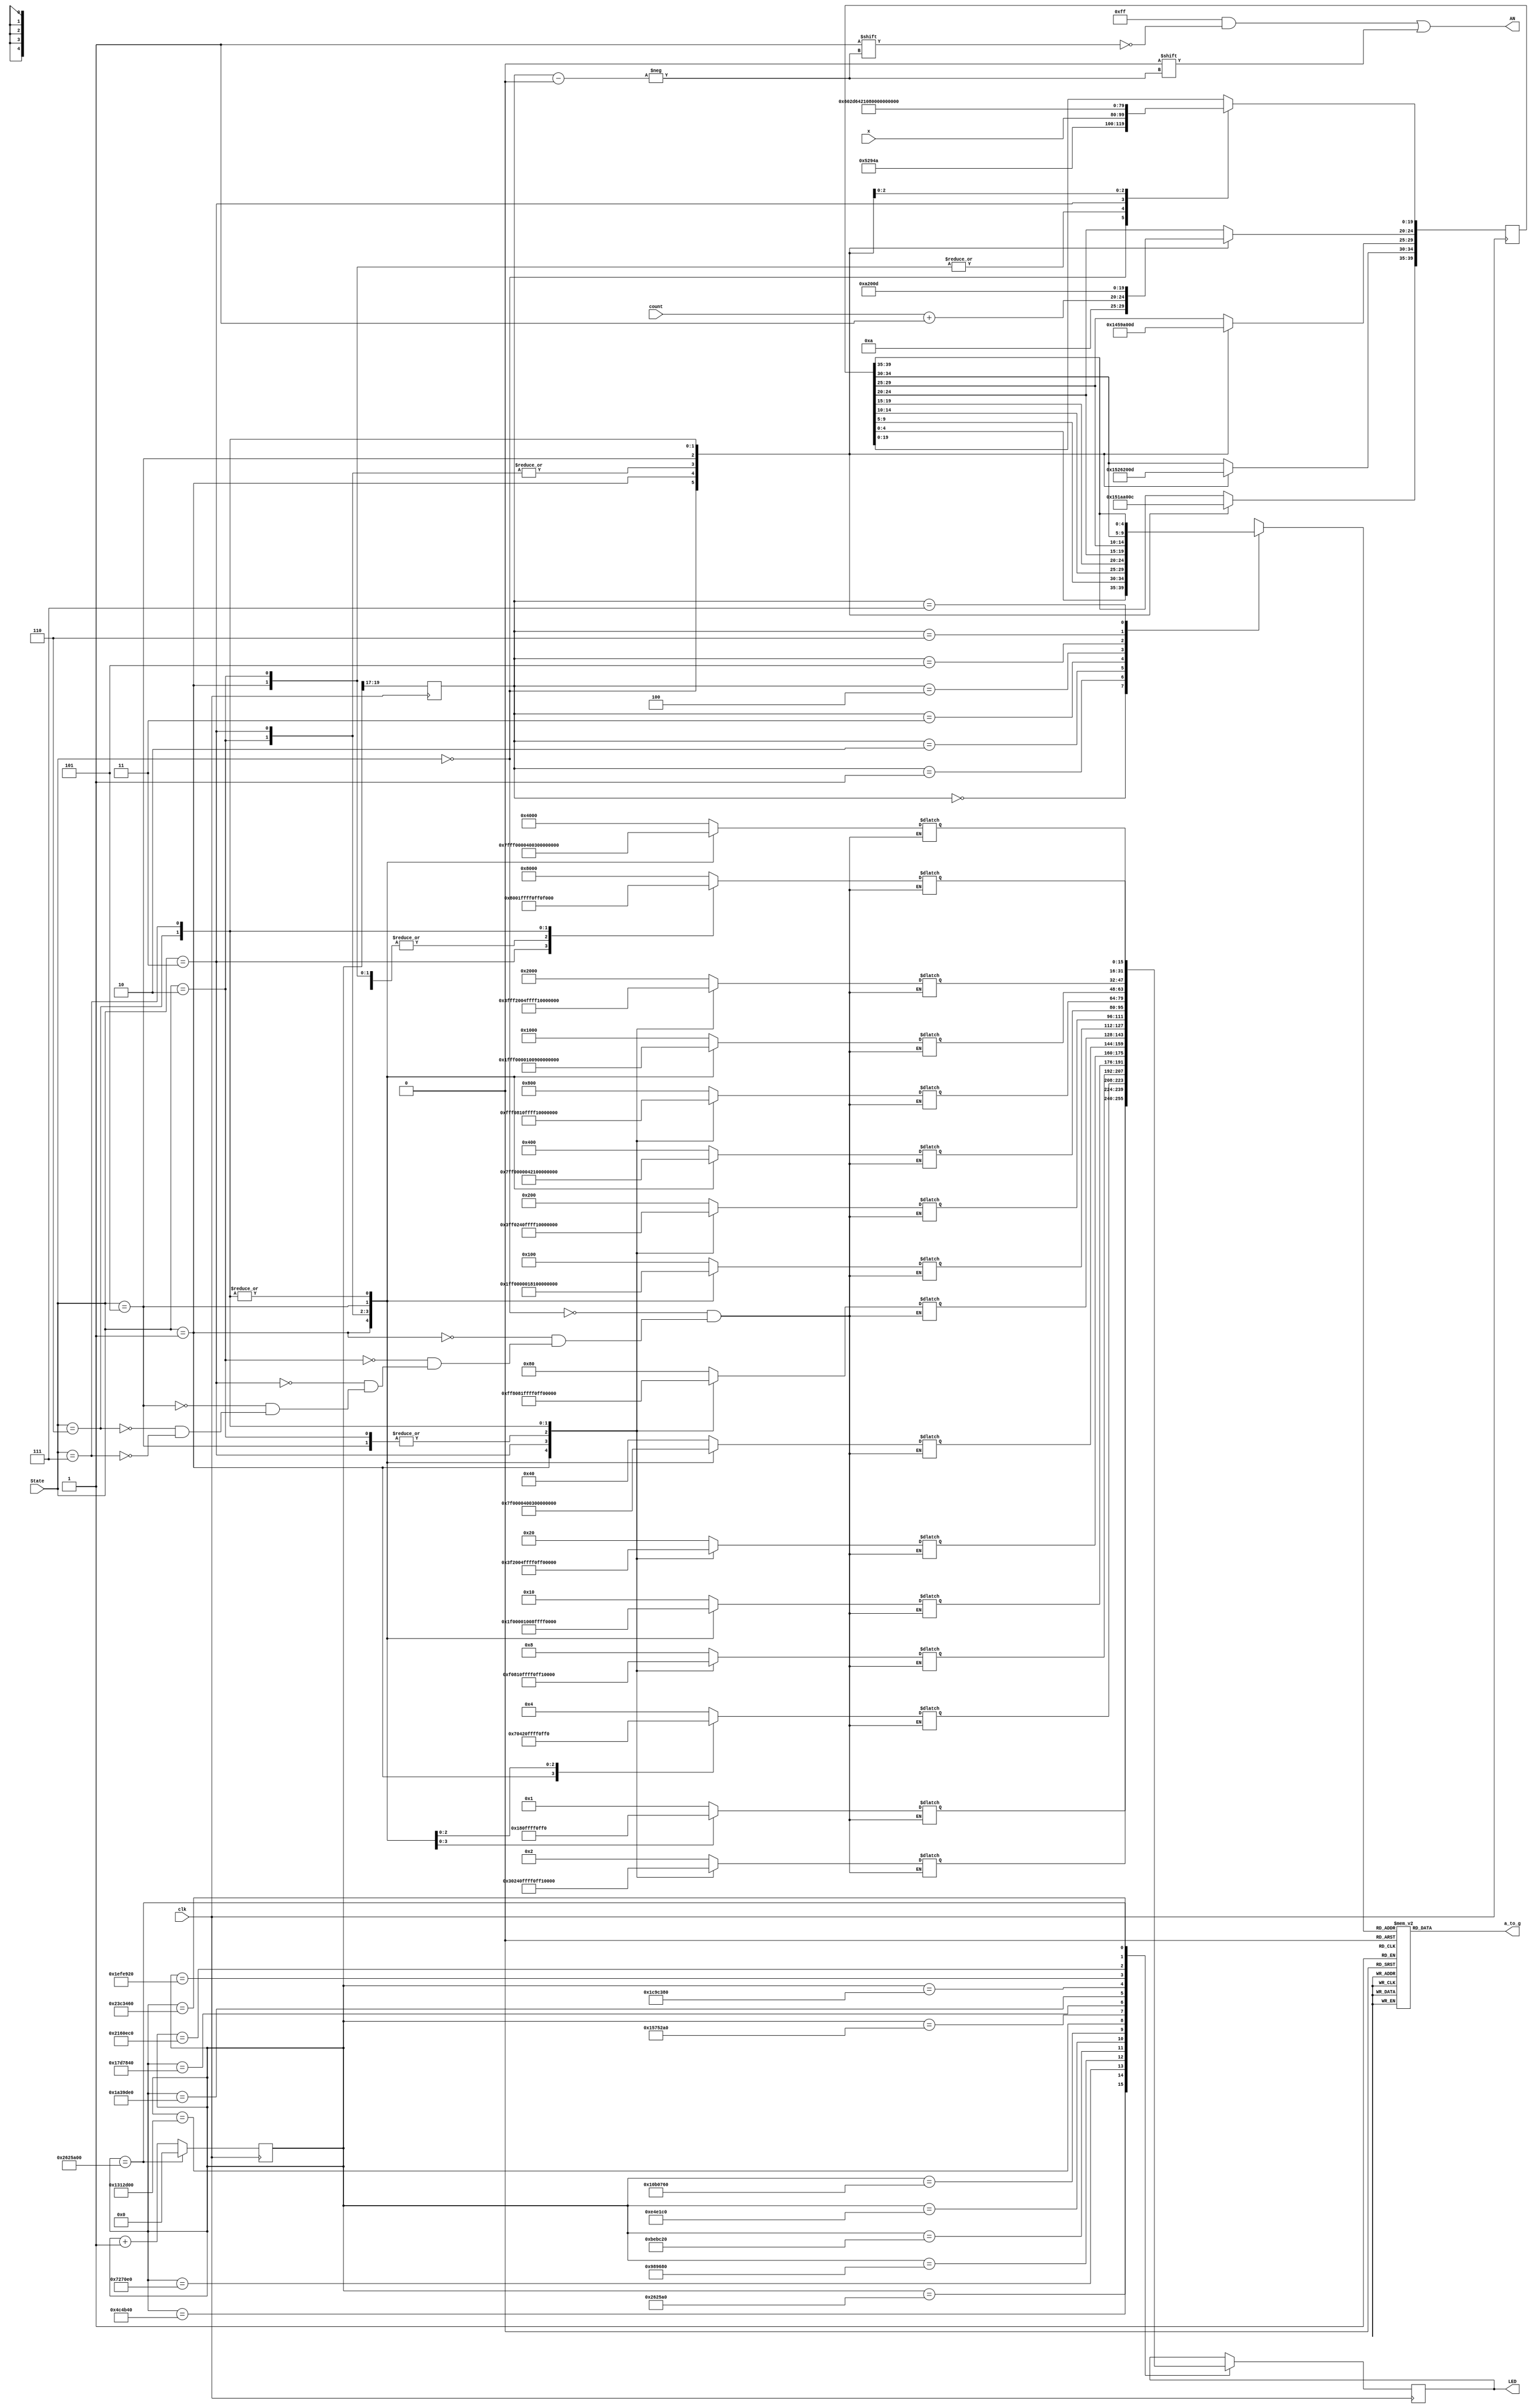
module show(
input wire [19:0] x,
input wire clk,
input wire [2:0]State,
input wire [4:0]count,
output reg [6:0] a_to_g,
output reg [7:0] AN,
output reg[15:0] LED
);

reg[2:0] s=3'b000;


reg[4:0] digit;
reg[39:0] data=40'h0000000000;
reg [19:0] clkdiv;
reg [31:0]timer=32'h0000_0000;
reg [255:0]LED_state;
reg [4:0]a=5'b10001;
reg [4:0]b=5'b10010;
reg [4:0]c=5'b00101;
//    initial
//    begin
//    an=8'b11111111;
//    end

initial
LED=0;
always @ (posedge clk)
begin
case(State)
3'b000:data=40'b01010_01010_01010_01010_01010_01010_01010_01010;
3'b001:begin
data={a[4:0],b[4:0],c[4:0],count[4:0]+1,x[19:0]};
data[39:35]=a[4:0];
data[34:30]=b[4:0];
data[29:25]=c[4:0];
end
3'b010:
begin
//    data={5'b01100,5'b01101,5'b01101,5'b01110,x[19:0]};
data[39:35]=5'b10101;
data[34:30]=5'b01100;
data[29:25]=5'b10011;
data[24:20]=5'b10100;
data[19:0]=x[19:0];
end
3'b011:data=40'b10101_01100_10011_10100_01100_00000_10110_10110;
3'b101:data=40'b01000_01000_01000_01000_01000_01000_01000_01000;
3'b110:data=40'b00000_00000_00000_00000_00000_00000_00000_00000;
3'b111:data=40'b01100_01101_01101_01101_01101_01101_01101_01110;
//begin
//data={5'b01100,5'b00000,5'b00000,5'b01110,x[19:0]};
//data[39:35]=5'b01100;
//data[34:30]=5'b00000;
//data[29:25]=5'b00000;
//data[24:20]=5'b01110;    
//end

endcase
end


always @ (*)
case(s)
0:digit=data[4:0];
1:digit=data[9:5];
2:digit=data[14:10];
3:digit=data[19:15];
4:digit=data[24:20];
5:digit=data[29:25];
6:digit=data[34:30];
7:digit=data[39:35];
default:digit=data[4:0];
endcase

always @(*)
case(digit)
0:a_to_g=7'b0000001;
1:a_to_g=7'b1001111;
2:a_to_g=7'b0010010;
3:a_to_g=7'b0000110;
4:a_to_g=7'b1001100;
5:a_to_g=7'b0100100;
6:a_to_g=7'b0100000;
7:a_to_g=7'b0001111;
8:a_to_g=7'b0000000;
9:a_to_g=7'b0000100;
10:a_to_g=7'b1111110;//мһ
11:a_to_g=7'b1110111;//һ
12:a_to_g=7'b0110001;//C
13:a_to_g=7'b0110111;//
14:a_to_g=7'b0000111;//ҷ
15:a_to_g=7'b1110111;//һ
16:a_to_g=7'b0001000;//R
17:a_to_g=7'b0011000;//P
18:a_to_g=7'b1110001;//L
19:a_to_g=7'b1001000;//H
20:a_to_g=7'b0100001;//G
21:a_to_g=7'b1111111;//ȫ
22:a_to_g=7'b0111001;//R
default:a_to_g=7'b0100100;
endcase


always @ (*)
begin
AN=8'b11111111;
AN[s]=0;
end

always @ (posedge clk)
begin
clkdiv<=clkdiv+1;
end



always@(posedge clk)
begin
s=timer[19:17];
if (timer == 32'd400_000_00)      
    timer <= 32'd0;                     
else
    timer <= timer + 32'd1;             
end


always @ (*)
case(State)
3'b000://ȴˮƣмһ
begin
LED_state[15:0] <= 16'b0000_0000_0000_0001;
LED_state[31:16] <= 16'b0000_0000_0000_0010;
LED_state[47:32] <= 16'b0000_0000_0000_0100;
LED_state[63:48] <= 16'b0000_0000_0000_1000;
LED_state[79:64] <= 16'b0000_0000_0001_0000;
LED_state[95:80] <= 16'b0000_0000_0010_0000;
LED_state[111:96] <= 16'b0000_0000_0100_0000;
LED_state[127:112] <= 16'b0000_0000_1000_0000;
LED_state[143:128] <= 16'b0000_0001_0000_0000;
LED_state[159:144] <= 16'b0000_0010_0000_0000;
LED_state[175:160] <= 16'b0000_0100_0000_0000;
LED_state[191:176] <= 16'b0000_1000_0000_0000;
LED_state[207:192] <= 16'b0001_0000_0000_0000;
LED_state[223:208] <= 16'b0010_0000_0000_0000;
LED_state[239:224] <= 16'b0100_0000_0000_0000;
LED_state[255:240] <= 16'b1000_0000_0000_0000;
end
3'b001://״̬ҵƣұĸһᣬplsn
begin
LED_state[15:0] <= 16'b0000_0000_0000_0001;
LED_state[31:16] <= 16'b0000_0000_0000_0011;
LED_state[47:32] <= 16'b0000_0000_0000_0111;
LED_state[63:48] <= 16'b0000_0000_0000_1111;
LED_state[79:64] <= 16'b0000_0000_0001_1111;
LED_state[95:80] <= 16'b0000_0000_0011_1111;
LED_state[111:96] <= 16'b0000_0000_0111_1111;
LED_state[127:112] <= 16'b0000_0000_1111_1111;
LED_state[143:128] <= 16'b0000_0001_1111_1111;
LED_state[159:144] <= 16'b0000_0011_1111_1111;
LED_state[175:160] <= 16'b0000_0111_1111_1111;
LED_state[191:176] <= 16'b0000_1111_1111_1111;
LED_state[207:192] <= 16'b0001_1111_1111_1111;
LED_state[223:208] <= 16'b0011_1111_1111_1111;
LED_state[239:224] <= 16'b0111_1111_1111_1111;
LED_state[255:240] <= 16'b1111_1111_1111_1111;
end
3'b010://ԱģʽеһһCHGұĸһ
begin
LED_state[15:0] <= 16'b0000_0000_0000_0000;
LED_state[31:16] <= 16'b1111_1111_1111_1111;
LED_state[47:32] <= 16'b0000_0000_0000_0100;
LED_state[63:48] <= 16'b1111_1111_1111_1111;
LED_state[79:64] <= 16'b0000_0000_0000_0000;
LED_state[95:80] <= 16'b1111_1111_1111_1111;
LED_state[111:96] <= 16'b0000_0000_0000_0000;
LED_state[127:112] <= 16'b1111_1111_1111_1111;
LED_state[143:128] <= 16'b0000_0000_0000_0000;
LED_state[159:144] <= 16'b1111_1111_1111_1111;
LED_state[175:160] <= 16'b0000_0000_0000_0000;
LED_state[191:176] <= 16'b1111_1111_1111_1111;
LED_state[207:192] <= 16'b0000_0000_0000_0000;
LED_state[223:208] <= 16'b1111_1111_1111_1111;
LED_state[239:224] <= 16'b0000_0000_0000_0000;
LED_state[255:240] <= 16'b1111_1111_1111_1111;
end
3'b011://趨ϣƴм䵽ߣCHG corr
begin
LED_state[15:0] <= 16'b0000_0001_1000_0000;
LED_state[31:16] <= 16'b0000_0010_0100_0000;
LED_state[47:32] <= 16'b0000_0100_0010_0000;
LED_state[63:48] <= 16'b0000_1000_0001_0000;
LED_state[79:64] <= 16'b0001_0000_0000_1000;
LED_state[95:80] <= 16'b0010_0000_0000_0100;
LED_state[111:96] <= 16'b0100_0000_0000_0010;
LED_state[127:112] <= 16'b1000_0000_1000_0001;
LED_state[143:128] <= 16'b0000_0001_1000_0000;
LED_state[159:144] <= 16'b0000_0010_0100_0000;
LED_state[175:160] <= 16'b0000_0100_0010_0000;
LED_state[191:176] <= 16'b0000_1000_0001_0000;
LED_state[207:192] <= 16'b0001_0000_0000_1000;
LED_state[223:208] <= 16'b0010_0000_0000_0100;
LED_state[239:224] <= 16'b0100_0000_0000_0010;
LED_state[255:240] <= 16'b1000_0000_0000_0001;
end
3'b101://еȫ8
begin
LED_state[15:0] <= 16'b1111_1111_1111_1111;
LED_state[31:16] <= 16'b1111_1111_1111_1111;
LED_state[47:32] <= 16'b1111_1111_1111_1111;
LED_state[63:48] <= 16'b1111_1111_1111_1111;
LED_state[79:64] <= 16'b1111_1111_1111_1111;
LED_state[95:80] <= 16'b1111_1111_1111_1111;
LED_state[111:96] <= 16'b1111_1111_1111_1111;
LED_state[127:112] <= 16'b1111_1111_1111_1111;
LED_state[143:128] <= 16'b1111_1111_1111_1111;
LED_state[159:144] <= 16'b1111_1111_1111_1111;
LED_state[175:160] <= 16'b1111_1111_1111_1111;
LED_state[191:176] <= 16'b1111_1111_1111_1111;
LED_state[207:192] <= 16'b1111_1111_1111_1111;
LED_state[223:208] <= 16'b1111_1111_1111_1111;
LED_state[239:224] <= 16'b1111_1111_1111_1111;
LED_state[255:240] <= 16'b1111_1111_1111_1111;
end
3'b110://״̬м8ȫ0
begin
LED_state[15:0] <= 16'b0000_1111_1111_0000;
LED_state[31:16] <= 16'b0000_1111_1111_0000;
LED_state[47:32] <= 16'b0000_1111_1111_0000;
LED_state[63:48] <= 16'b0000_1111_1111_0000;
LED_state[79:64] <= 16'b0000_1111_1111_0000;
LED_state[95:80] <= 16'b0000_1111_1111_0000;
LED_state[111:96] <= 16'b0000_1111_1111_0000;
LED_state[127:112] <= 16'b0000_1111_1111_0000;
LED_state[143:128] <= 16'b0000_1111_1111_0000;
LED_state[159:144] <= 16'b0000_1111_1111_0000;
LED_state[175:160] <= 16'b0000_1111_1111_0000;
LED_state[191:176] <= 16'b0000_1111_1111_0000;
LED_state[207:192] <= 16'b0000_1111_1111_0000;
LED_state[223:208] <= 16'b0000_1111_1111_0000;
LED_state[239:224] <= 16'b0000_1111_1111_0000;
LED_state[255:240] <= 16'b0000_1111_1111_0000;
end
3'b111://״̬м8ܷ
begin
LED_state[15:0] <= 16'b0000_1111_1111_0000;
LED_state[31:16] <= 16'b1111_0000_0000_1111;
LED_state[47:32] <= 16'b0000_1111_1111_0000;
LED_state[63:48] <= 16'b1111_0000_0000_1111;
LED_state[79:64] <= 16'b0000_1111_1111_0000;
LED_state[95:80] <= 16'b1111_0000_0000_1111;
LED_state[111:96] <= 16'b0000_1111_1111_0000;
LED_state[127:112] <= 16'b1111_0000_0000_1111;
LED_state[143:128] <= 16'b0000_1111_1111_0000;
LED_state[159:144] <= 16'b1111_0000_0000_1111;
LED_state[175:160] <= 16'b0000_1111_1111_0000;
LED_state[191:176] <= 16'b1111_0000_0000_1111;
LED_state[207:192] <= 16'b0000_1111_1111_0000;
LED_state[223:208] <= 16'b1111_0000_0000_1111;
LED_state[239:224] <= 16'b0000_1111_1111_0000;
LED_state[255:240] <= 16'b1111_0000_0000_1111;
end

endcase

always @ (posedge clk)
begin
case(timer)
32'd25_000_00:LED <= LED_state[15:0];
32'd50_000_00:LED <= LED_state[31:16];
32'd75_000_00:LED <= LED_state[47:32];
32'd100_000_00:LED <= LED_state[63:48];
32'd125_000_00:LED <= LED_state[79:64];
32'd150_000_00:LED <= LED_state[95:80];
32'd175_000_00:LED <= LED_state[111:96];
32'd200_000_00:LED <= LED_state[127:112];
32'd225_000_00:LED <= LED_state[143:128];
32'd250_000_00:LED <= LED_state[159:144];
32'd275_000_00:LED <= LED_state[175:160];
32'd300_000_00:LED <= LED_state[191:176];
32'd325_000_00:LED <= LED_state[207:192];
32'd350_000_00:LED <= LED_state[223:208];
32'd375_000_00:LED <= LED_state[239:224];
32'd400_000_00:LED <= LED_state[255:240];
endcase
end

endmodule